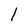
Character: 1